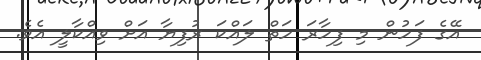
އޭގެ ފަހުން މި ފިހާރަ ހަތް ލައްކަ ރުފިޔާ އަށް ވިއްކާލީ އެވެ.